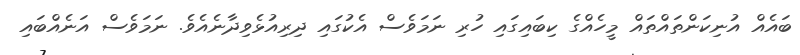
ބައެއް އުނިކަންތައްތައް މީހެއްގެ ކިބައިގައި ހުރި ނަމަވެސް އެކުގައި ދިރިއުޅެވިދާނެއެވެ. ނަމަވެސް އަނެއްބައި